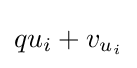
qu_{i}+v_{u_{i}}